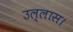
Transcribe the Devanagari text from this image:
उल्लास।